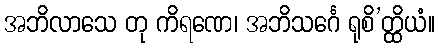
အဘိလာသေ တု ကိရဏေ၊ အဘိသင်္ဂေ ရုစိ’တ္ထိယံ။